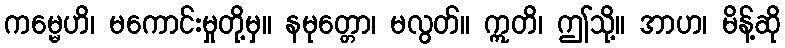
ကမ္မေဟိ၊ မကောင်းမှုတို့မှ။ နမုတ္တော၊ မလွတ်။ ဣတိ၊ ဤသို့။ အာဟ၊ မိန့်ဆို